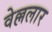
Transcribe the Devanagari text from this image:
वेल्ललार